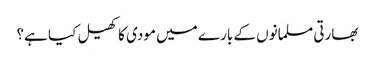
بھارتی مسلمانوں کے بارے میں مودی کا کھیل کیا ہے؟